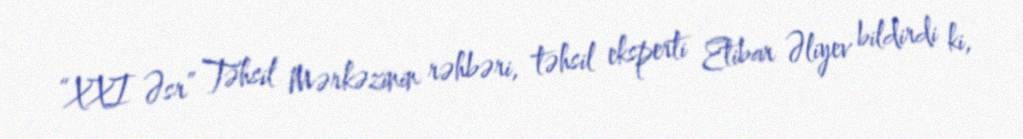
“XXI Əsr” Təhsil Mərkəzinin rəhbəri, təhsil eksperti Etibar Əliyev bildirdi ki,